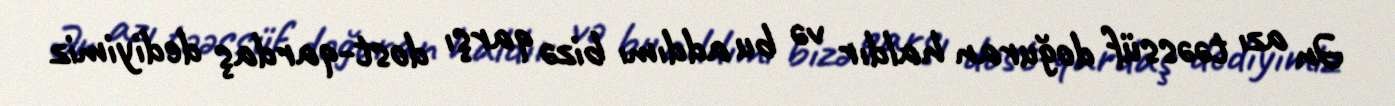
Ən azı təəssüf doğuran haldır və bu addımı bizə qarşı dost-qardaş dediyimiz